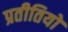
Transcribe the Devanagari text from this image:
प्रतीतियों